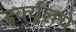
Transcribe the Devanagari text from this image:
हर्क्युलचे